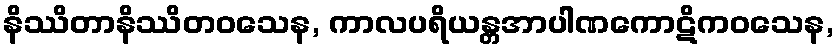
နိဿိတာနိဿိတဝသေန, ကာလပရိယန္တအာပါဏကောဋိကဝသေန,